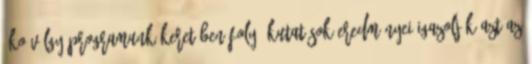
Öko-völgy Programunk keretében folyó kutatások eredményei igazolják azt az